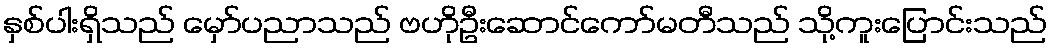
နှစ်ပါးရှိသည် မှော်ပညာသည် ဗဟိုဦးဆောင်ကော်မတီသည် သို့ကူးပြောင်းသည်